Annual report on the health of the army in India
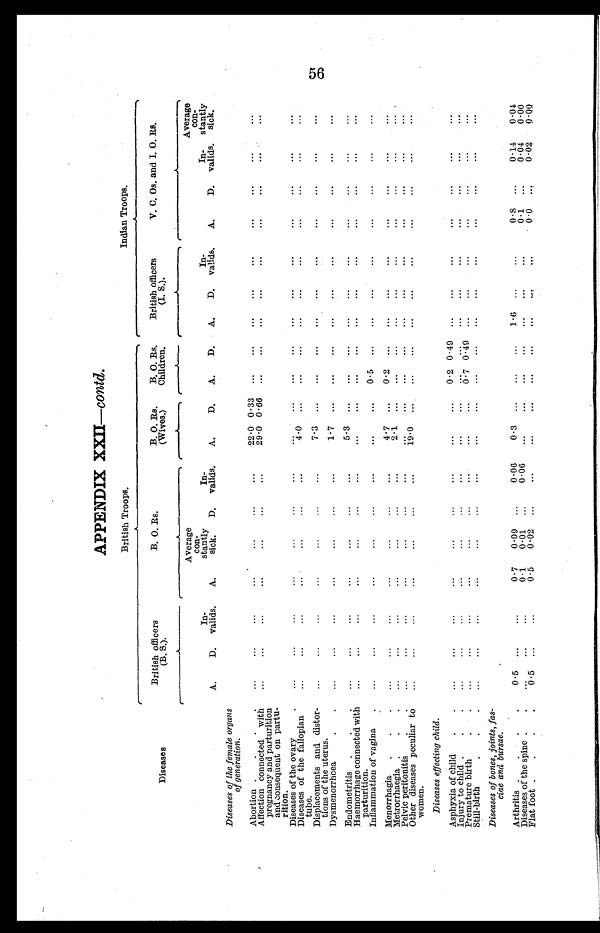
APPENDIX XXII—contd.
British Troops.
Indian Troops.
Diseases
British officers
(B. S.).
B. O. Rs.
B. O. Rs.
(Wives.)
B. O. Rs.
Children.
British officers
(I. S.).
V. C. Os. and I. O. Rs.
A.
D.
In-
valids.
A.
Average
con-
stantly
sick.
D.
In-
valids.
A.
D.
A.
D.
A.
D.
In-
valids.
A.
D.
In-
valids.
Average
con-
stantly
sick.
Diseases of the female organs
of generation.
Abortion.
.
.
.
...
...
...
...
...
...
...
22.0 0.33 ...
...
...
...
...
...
...
...
...
Affectionconnected with
pregnancy and parturition
and consequent on partu-
rition.
...
...
...
...
...
...
...
29.0 0.66 ...
...
...
...
...
...
...
...
...
Diseasesof the ovary
.
...
...
...
...
...
...
...
...
...
...
...
...
...
...
...
...
...
...
Diseasesof the fallopian
tube.
...
...
...
...
...
...
...
4.0 ...
...
...
...
...
...
...
...
...
...
Displacements and distor-
tions of the uterus.
...
...
...
...
...
...
...
7.3 ...
...
...
...
...
...
...
...
...
...
Dysmenorrhoea
.
...
...
...
...
...
...
...
1.7 ...
...
...
...
...
...
...
...
...
...
Endometritis.
.
.
...
...
...
...
...
...
...
5.3 ...
...
...
...
...
...
...
...
...
...
Haemorrhage connected with
parturition.
...
...
...
...
...
...
...
...
...
... ...
...
...
...
...
...
...
...
Inflammationof vagina
.
...
...
...
...
...
...
...
...
...
0.5 ...
...
...
...
...
...
...
...
Menorrhagia.
. .
...
...
...
...
...
...
...
4.7 ...
0.2 ...
...
...
...
...
...
...
...
Metrorrhaegia .
.
.
...
...
...
...
...
...
...
2.1 ...
...
...
...
...
...
...
...
...
...
Pelvic peritonitis
.
...
... ...
...
...
...
...
...
...
...
...
...
...
...
...
...
...
...
Other diseases peculiar to
women.
...
...
...
...
...
...
...
19.0 ...
...
...
...
...
... ...
...
...
...
Diseases effecting child.
Asphyxia of child
.
...
...
...
...
...
...
...
...
...
0.2 0.49 ... ...
...
...
...
...
...
Injury to child..
.
...
...
...
...
...
...
...
...
...
...
...
...
...
...
...
...
...
...
Premature birth..
.
...
...
...
...
...
...
...
...
...
0.7 0.49 ...
...
...
...
...
...
...
Still-birth
.
.
...
... ...
...
...
...
...
...
...
...
...
...
...
...
...
...
...
...
Diseases of bones, joints, fas-
ciae and bursae.
Arthritis .
0.5 ...
...
0.7
0.09 ...
0.06
0.3 ...
...
...
1.6 ...
...
0 . 8 ...
0.14
0.04
Diseases of the spine .
.
...
...
...
0.1
0.01 ...
0.06
...
...
...
...
...
...
...
0.1 ...
0.04
0 . 0 0
Flat foot .
.
0.5 ...
...
0.5
0.02 ...
...
... ...
... ...
... ...
...
0 . 0 ...
0.02
0 . 0 0
56